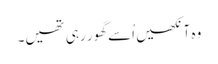
وہ آنکھیں اُسے گھور رہی تھیں۔